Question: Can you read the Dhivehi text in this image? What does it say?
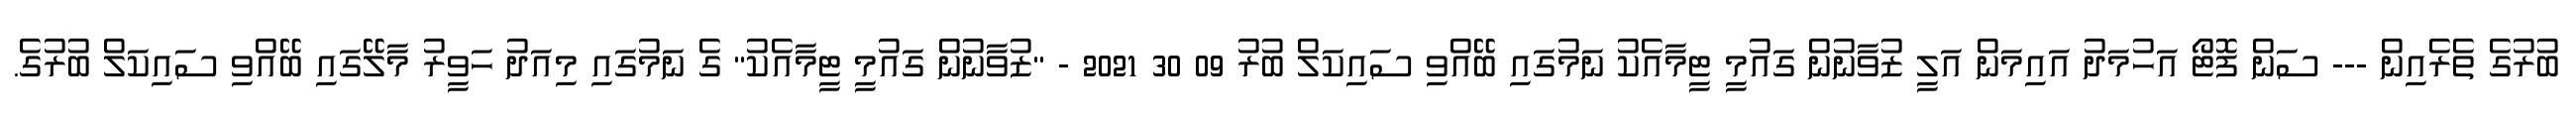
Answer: ބުރުގެ ތެރެއިން --- ސަން ފޮޓޯ އަހުމަދު އައިމަން އަލީ ޒުވާނުން ގައުމީ ޓީމާއެކު ނަމުގައި ބޭއްވި ސައިކަލް ބުރު 09 30 2021 - "ޒުވާނުން ގައުމީ ޓީމާއެކު" ގެ ނަމުގައި މިއަދު ހަވީރު މާލޭގައި ބޭއްވި ސައިކަލް ބުރުގެ.